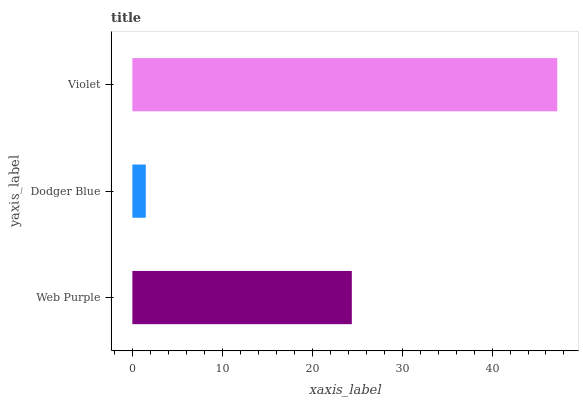
| yaxis_label | bars |
 | --- | --- |
 | Web Purple | 24.4 |
 | Dodger Blue | 1.49 |
 | Violet | 47.3 |